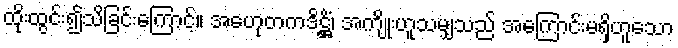
ထိုးထွင်း၍သိခြင်းကြောင့်။ အဟေုတကဒိဋ္ဌိံ၊ အကျိုးဟူသမျှသည် အကြောင်းမရှိဟူသော